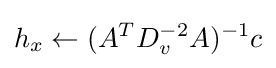
h_{x}\leftarrow (A^{T}D_{v}^{-2}A)^{-1}c